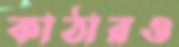
কাঠারও